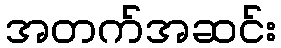
အတက်အဆင်း